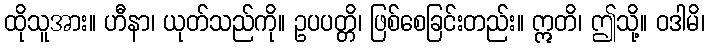
ထိုသူအား။ ဟီနာ၊ ယုတ်သည်ကို။ ဥပပတ္တိ၊ ဖြစ်စေခြင်းတည်း။ ဣတိ၊ ဤသို့။ ဝဒါမိ၊